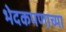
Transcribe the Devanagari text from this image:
भेदकपणाच्या